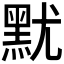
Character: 𪐤